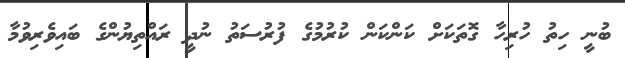
ބުނީ ހިތު ހުރިހާ ގޮތަކަށް ކަންކަން ކުރުމުގެ ފުރުސަތު ނުދީ ރައްތިޔުންގެ ބައިވެރިވުމާ